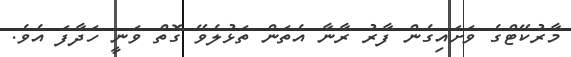
މާރުކޭޓްގެ ވަށައިގެން ފާރު ރާނާ އެތަން ތަޅުލެވޭ ގޮތް ވަނީ ހަދާފަ އެވެ.